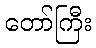
တော်ကြီး